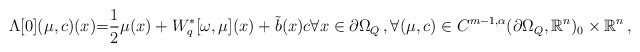
\begin{align*}\Lambda[0](\mu,c)(x){=}&\frac{1}{2}\mu(x) +W_{q}^\ast[\omega,\mu](x) +\tilde b(x) c \forall x \in \partial \Omega_Q\, , \forall (\mu,c) \in C^{m-1,\alpha}(\partial \Omega_Q,\mathbb{R}^n)_0\times \mathbb{R}^n\, ,\end{align*}